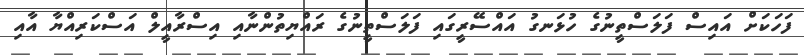
ފަހަކަށް އައިސް ފަލަސްތީނުގެ ހުޅަނގު އައްސޭރީގައި ފަލަސްތީނުގެ ރައްޔިތުންނާއި އިސްރާއީލް އަސްކަރިއްޔާ އާއި